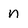
Character: n